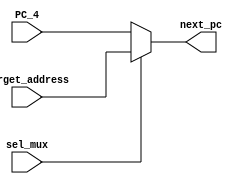
// BHT BTB      
//     

module PC_MUX
(
    input           sel_mux         ,       //BHT taken, not taken   (T_NT)
    input   [31:0]  PC_4            ,
    input   [31:0]  target_address  ,

    output  [31:0]  next_pc
);
    //sel_mux 1 target address
    //sel_mux 0 pc+4  next_pc 
    assign next_pc = sel_mux ? target_address : PC_4;
    
endmodule